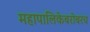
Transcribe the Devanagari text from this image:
महापालिकेबरोबरच